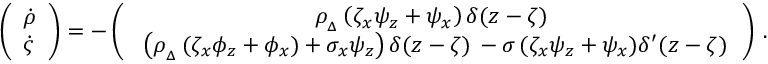
\left( \begin{array} { l } { \medskip \dot { \rho } } \\ { \dot { \varsigma } } \end{array} \right) = - \left( \begin{array} { c } { \medskip \rho _ { _ { \Delta } } \left( \zeta _ { x } \psi _ { z } + \psi _ { x } \right) \delta ( z - \zeta ) \, } \\ { \ \left( \rho _ { _ { \Delta } } \, ( \zeta _ { x } \phi _ { z } + \phi _ { x } ) + \sigma _ { x } \psi _ { z } \right) \delta ( z - \zeta ) \, - \sigma \, ( \zeta _ { x } \psi _ { z } + \psi _ { x } ) \delta ^ { \prime } ( z - \zeta ) \, } \end{array} \right) \, .